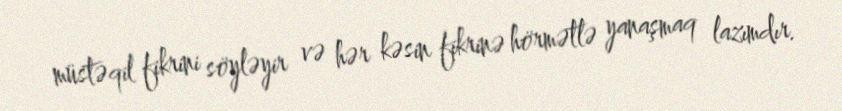
müstəqil fikrini söyləyir və hər kəsin fikrinə hörmətlə yanaşmaq lazımdır.